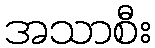
အသာစီး